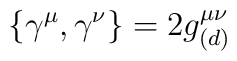
\{ \gamma^{\mu},\gamma^{\nu} \}=2 g^{\mu\nu}_{(d)}